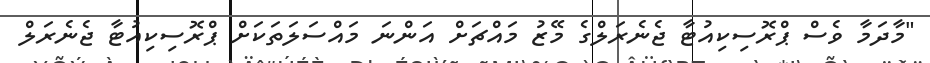
"މާދަމާ ވެސް ޕްރޮސިކިއުޓާ ޖެނެރަލްގެ މޭޒު މައްޗަށް އަންނަ މައްސަލަތަކަށް ޕްރޮސިކިއުޓާ ޖެނެރަލް